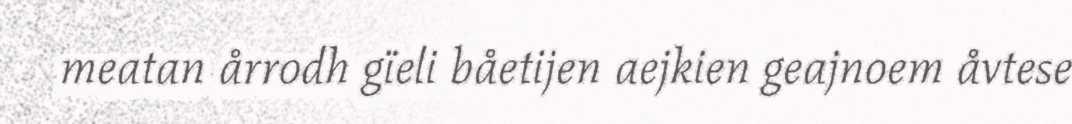
meatan årrodh gïeli båetijen aejkien geajnoem åvtese